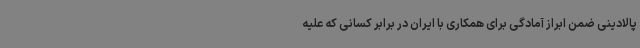
پالادینی ضمن ابراز آمادگی برای همکاری با ایران در برابر کسانی که علیه